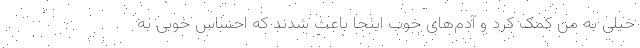
خیلی به من کمک کرد و آدم‌های خوب اینجا باعث شدند که احساس خوبی به